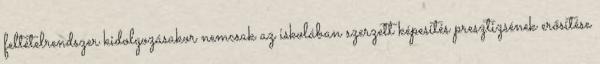
feltételrendszer kidolgozásakor nemcsak az iskolában szerzett képesítés presztizsének erősítése